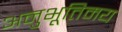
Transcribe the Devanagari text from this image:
अनुभूतिमय